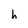
Character: h